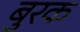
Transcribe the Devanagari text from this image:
बुरक